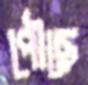
পৌছে